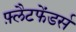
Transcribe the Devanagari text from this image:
फ़्लैटफेंडर्स